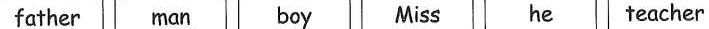
father man boy Miss he feacher